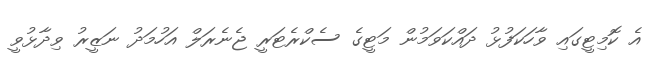
އެ ކޮމިޓީގައި ވާހަކަފުޅު ދައްކަވަމުން މަޓީގެ ސެކްރެޓަރީ ޖެނެރަލް އަހުމަދު ނަޒީރު ވިދާޅުވީ